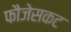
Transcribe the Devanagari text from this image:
फौजेसकट